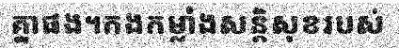
គ្នាផង។កងកម្លាំងសន្តិសុខរបស់